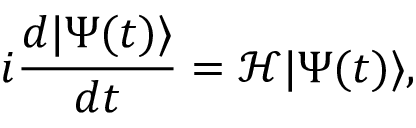
i \frac { d | \Psi ( t ) \rangle } { d t } = \mathcal { H } | \Psi ( t ) \rangle ,